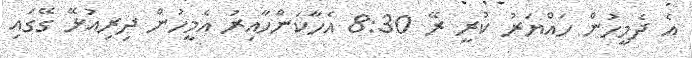
އެ ދެމީހުން ހައްޔަރު ކުރީ ރޭ 8:30 އެހާކަންހާއިރު އެމީހުން ދިރިއުޅޭ ގޭގައި